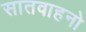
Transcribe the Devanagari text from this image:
सातवाहनो